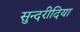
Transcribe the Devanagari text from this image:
सुन्दरीदिया